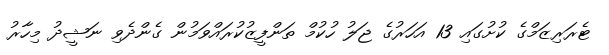
ޓެރަރިޒަމްގެ ކުށުގައި 13 އަހަރުގެ ޖަލު ހުކުމް ތަންފީޒުކުރައްވަމުން ގެންދެވި ނަޝީދު މިހާރު